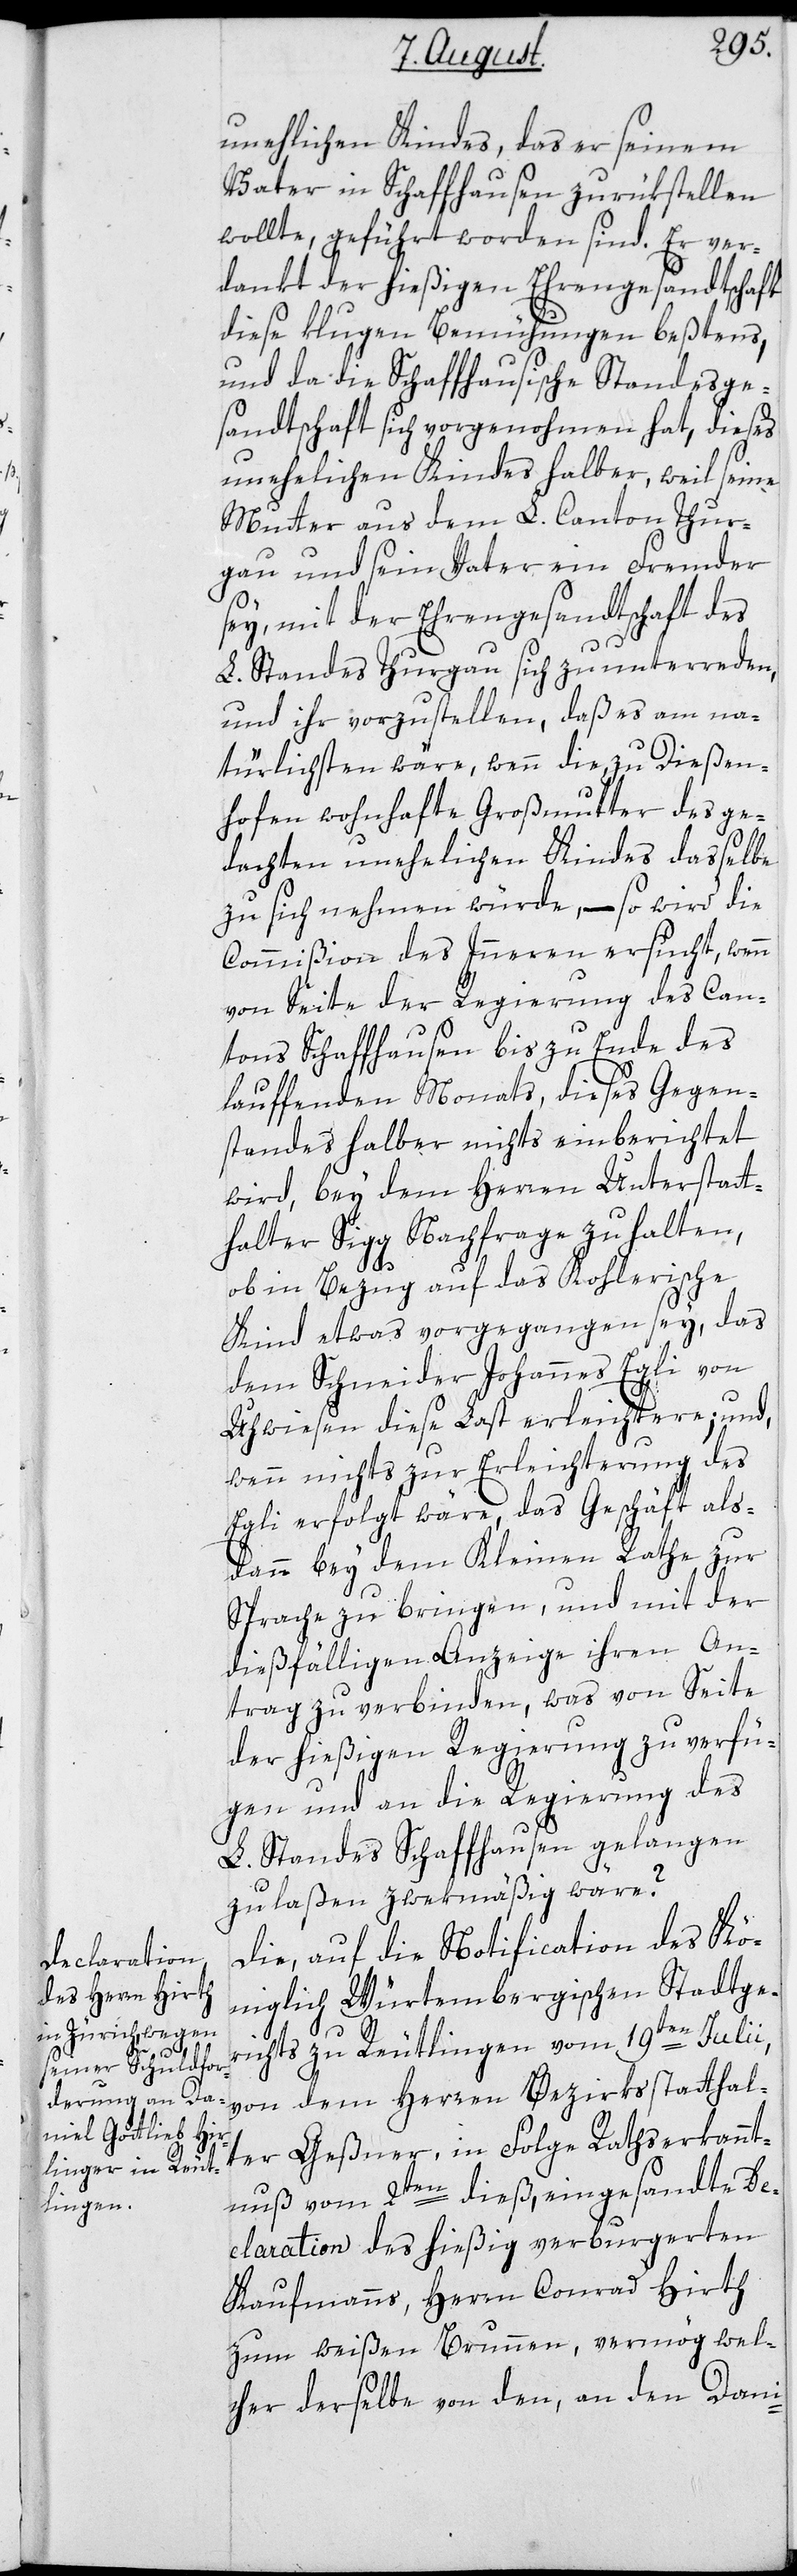
unehlichen Kindes, das er seinem
Vater in Schaffhausen zurükstellen
wollte, geführt worden sind. Er ver¬
dankt der hießigen Ehrengesandtschaft
diese klugen Bemühungen beßtens,
und da die Schaffhausische Standesge¬
sandtschaft sich vorgenohmen hat, dieses
unehelichen Kindes halber, weil seine
Mutter aus dem L. Canton Thur¬
gau und sein Vater ein Fremder
sey, mit der Ehrengesandtschaft des
L. Standes Thurgau sich zu unterreden,
und ihr vorzustellen, daß es am na¬
türlichsten wäre, wenn die, zu Dießen¬
hofen wohnhafte Großmutter des ge¬
dachten unehelichen Kindes dasselbe
zu sich nehmen würde, – so wird die
Commißion des Innern ersucht, wenn
von Seite der Regierung des Can¬
tons Schaffhausen bis zu Ende des
lauffenden Monats, dieses Gegen¬
standes halber nichts einberichtet
wird, bey dem Herren Unterstatt¬
halter Sigg Nachfrage zu halten,
ob in Bezug auf das Kohlerische
Kind etwas vorgegangen sey, das
dem Schneider Johannes Egli von
Uhwiesen diese Last erleichtere; und,
wenn nichts zur Erleichterung des
Egli erfolgt wäre, das Geschäft als¬
dann bey dem Kleinen Rathe zur
Sprache zu bringen, und mit der
dießfälligen Anzeige ihren An¬
trag zu verbinden, was von Seite
der hießigen Regierung zu verfü¬
gen und an die Regierung des
L. Standes Schaffhausen gelangen
zu laßen, zwekmäßig wäre?
Die, auf die Notification des Kö¬
niglich-Würtembergischen Stadtge¬
richts zu Reutlingen vom 19ten Julii,
von dem Herren Bezirksstatthal¬
ter Geßner, in Folge Rathserkannt¬
nuß vom 2ten dieß, eingesandte De¬
claration des hießig verburgerten
Kaufmanns, Herrn Conrad Hirth
zum weißen Brunnen, vermög wel¬
cher derselbe von den, an den Dani-